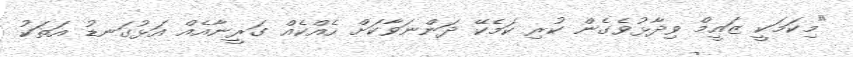
"މިކަމަކީ ޒައީމް ވިދާޅުވެގެން ކުރި ކަމެކޭ ދަންނަވާކަށް ހެއްކެއް ގަރީނާއެއް އަޅުގަނޑު އަތަކު